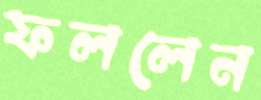
ফললেন